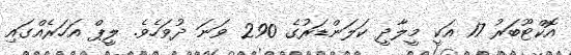
އޮކްޓޫބަރު 17 އަކީ މީލާދީ ކަލަންޑަރުގެ 290 ވަނަ ދުވަހެވެ. ލީޕް އަހަރެއްގައި